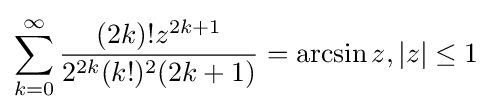
\sum _{k=0}^{\infty }{\frac {(2k)!z^{2k+1}}{2^{2k}(k!)^{2}(2k+1)}}=\arcsin z,|z|\leq 1